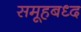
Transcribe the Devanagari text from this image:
समूहबध्द